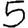
Digit: 5